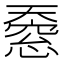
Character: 𫯸